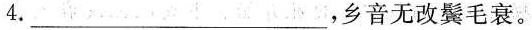
4.___，乡音无改鬓毛衰。